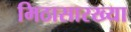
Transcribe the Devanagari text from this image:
मिठासारख्या